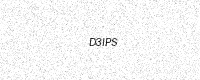
Text: D3IPS